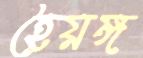
হৈয়ঙ্গ